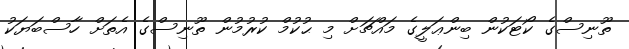
ތޫނިސްގެ ކޯޓަކުން ބިންޢަލީގެ މައްޗަށް މި ޙުކުމް ކުރުމުން ތޫނިސްގެ އެތަށް ހާސްބަޔަކު